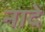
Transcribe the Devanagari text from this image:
नादे